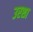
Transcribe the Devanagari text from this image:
उरशा